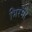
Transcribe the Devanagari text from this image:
भिरमी